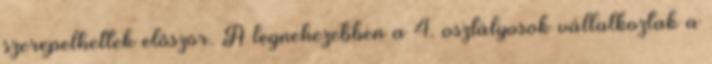
szerepelhettek először. A legnehezebben a 4. osztályosok vállalkoztak a